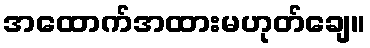
အထောက်အထားမဟုတ်ချေ။